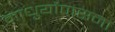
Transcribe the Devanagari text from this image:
माधुर्योपासना